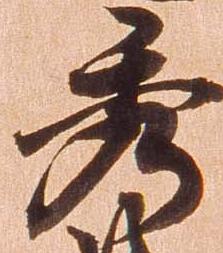
秀